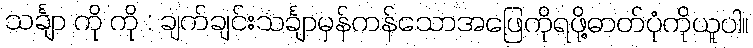
သင်္ချာ ကို ကို : ချက်ချင်းသင်္ချာမှန်ကန်သောအဖြေကိုရဖို့ဓာတ်ပုံကိုယူပါ။